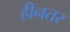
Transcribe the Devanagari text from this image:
हीनतर